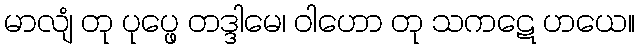
မာလျံ တု ပုပ္ဖေ တဒ္ဒါမေ၊ ဝါဟော တု သကဋေ ဟယေ။